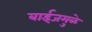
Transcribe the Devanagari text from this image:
बाईजमुळे